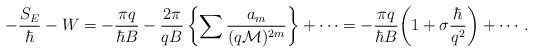
LaTeX: \begin{align*}-\frac{S_{E}}{\hbar}-W= -\frac{\pi q}{\hbar B}-\frac{2\pi}{qB}\, \biggl\{ \sum\frac{a_m}{(q{\cal M})^{2m}}\biggr\}+\cdots =-\frac{\pi q}{\hbar B}\biggl(1+\sigma \frac{\hbar}{ q^2} \biggr)+\cdots. \end{align*}